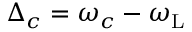
\Delta _ { c } = \omega _ { c } - \omega _ { \mathrm { L } }